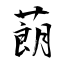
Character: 蓢